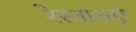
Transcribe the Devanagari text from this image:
रेस्ताराएं